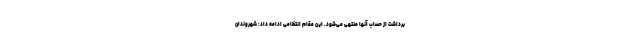
برداشت از حساب آنها منتهی می‌شود. این مقام انتظامی ادامه داد: شهروندان